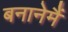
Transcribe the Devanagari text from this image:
बनानेमैं